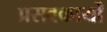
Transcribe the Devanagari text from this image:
प्रसवकार्यों